Vaccination United Provinces of Agra and Oudh 1923-1928 - 1923-1928
Year: 1923
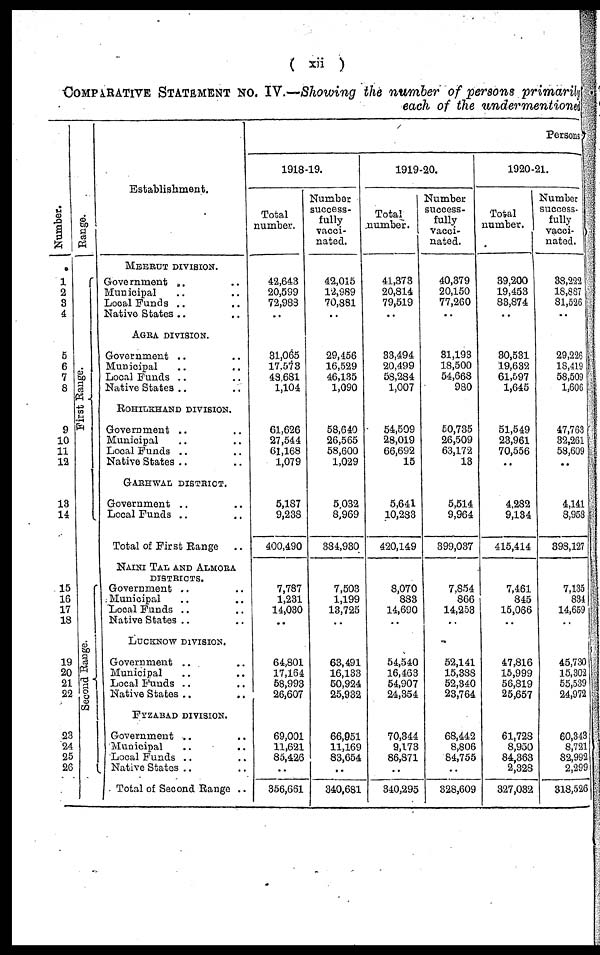
( xii )
COMPARATIVE STATEMENT NO. IV.—Showing the number of persons primarily
each of the undermentioned
Number.
1
2
3
4
5
6
7
8
9
10
11
12
13
14
15
16
17
18
19
20
21
22
23
24
25
26
Range.
First Range.
Second Range.
Establishment.
MEERUT DIVISION.
Government .. ..
Municipal .. ..
Local Funds .. ..
Native States .. ..
AGRA DIVISION.
Government .. ..
Municipal .. ..
Local Funds .. ..
Native States .. ..
ROHILKHAND DIVISION.
Government .. ..
Municipal .. ..
Local Funds .. ..
Native States .. ..
GARHWAL DISTRICT.
Government .. ..
Local Funds .. ..
Total of First Range
..
NAINI TAL AND ALMORA
DISTRICTS.
Government .. ..
Municipal .. ..
Local Funds .. ..
Native States .. ..
LUCKNOW DIVISION.
Government .. ..
Municipal .. ..
Local Funds .. ..
Native States .. ..
FYZABAD DIVISION.
Government .. ..
Municipal .. ..
Local Funds .. ..
Native States .. ..
Total of Second Range ..
Persons.
1918-19.
Total
number.
42,643
20,599
72,988
..
31,065
17,573
48,681
1,104
61,626
27,544
61,168
1,079
5,187
9,238
400,490
7,787
1,231
14,030
..
64,801
17,164
58,993
26,607
69,001
11,621
85,426
..
356,661
Number
success-
fully
vacci-
nated.
42,015
12,989
70,881
..
29,456
16,529
46,135
1,090
58,640
26,565
58,600
1,029
5,032
8,969
384,930
7,503
1,199
13,725
..
63,491
16,133
50,924
25,932
66,951
11,169
83,654
..
340,681
1919-20.
Total
number.
41,373
20,814
79,519
..
33,494
20,499
58,284
1,007
54,509
28,019
66,692
15
5,641
10,283
420,149
8,070
883
14,690
..
54,540
16,463
54,907
24,354
70,344
9,173
86,871
..
340,295
Number
success-
fully
vacci¬
nated.
40,379
20,150
77,260
..
31,193
18,500
54,668
980
50,735
26,509
63,172
13
5,514
9,964
399,037
7,854
866
14,253
..
52,141
15,388
52,340
23,764
68,442
8,806
84,755
..
328,609
1920-21.
Total
number.
39,200
19,453
83,874
..
80,531
19,632
61,597
1,645
51,549
23,961
70,556
..
4,282
9,134
415,414
7,461
845
15,066
..
47,816
15,999
56,819
25,657
61,728
8,950
84,363
2,328
327,032
Number
success¬
fully
vacci¬
nated.
38,223
18,887
81,526
..
29,226
18,419
58,509
1,606
47,763
32,261
58,609
..
4,141
8,958
398,127
7,135
834
14,659
..
45,730
15,302
55,539
24,972
60,343
8,721
82,992
2,299
318,526